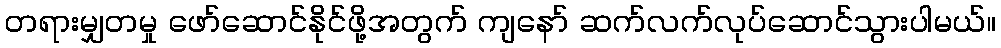
တရားမျှတမှု ဖော်ဆောင်နိုင်ဖို့အတွက် ကျနော် ဆက်လက်လုပ်ဆောင်သွားပါမယ်။